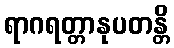
ရာဂရတ္တာနုပတန္တိ